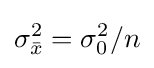
\sigma _{\bar {x}}^{2}=\sigma _{0}^{2}/n